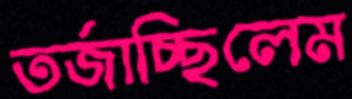
তর্জাচ্ছিলেম